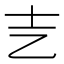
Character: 㐊